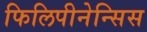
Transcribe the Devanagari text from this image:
फिलिपीनेन्सिस